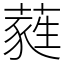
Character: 蕤